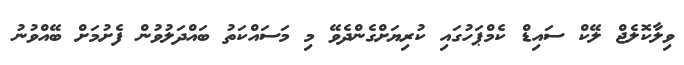
ވިލާކޮލެޖް ލޭކް ސައިޑް ކެމްޕަހުގައި ކުރިޔަށްގެންދެވޭ މި މަސައްކަތު ބައްދަލުވުން ފެށުމަށް ބޭއްވުނު